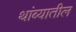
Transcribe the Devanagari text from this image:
थांब्यातील